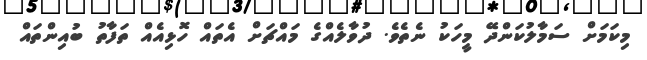
މިކަމަށް ސަމާލުކަންދޭ މީހަކު ނެތެވެ. ދުވާލެއްގެ މައްޗަށް އެތައް ހޮޅިއެއް ތަފާތު ބުއިންތައް